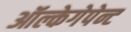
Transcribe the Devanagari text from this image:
ऑल्केगेपेन्ट